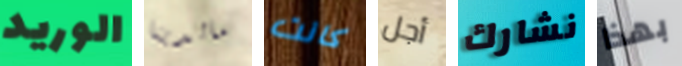
الوريد مالدينا كانت أجل نشارك بهذا